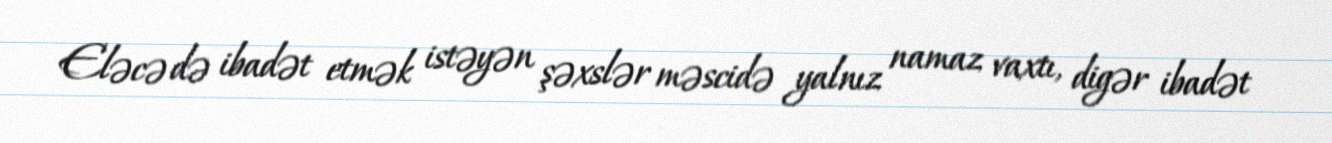
Eləcə də ibadət etmək istəyən şəxslər məscidə yalnız namaz vaxtı, digər ibadət